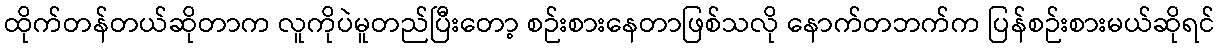
ထိုက်တန်တယ်ဆိုတာက လူကိုပဲမူတည်ပြီးတော့ စဉ်းစားနေတာဖြစ်သလို နောက်တဘက်က ပြန်စဉ်းစားမယ်ဆိုရင်